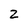
Character: 2